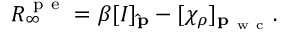
R _ { \infty } ^ { \mathrm { ~ p ~ e ~ } } = \beta [ I ] _ { \mathbf { \hat { p } } } - [ \chi _ { \rho } ] _ { \mathbf { p } _ { \mathrm { ~ w ~ c ~ } } } .